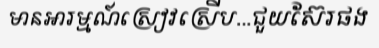
មានអារម្មណ៍ស្រៀវស្រើប...ជួយស៊ែរផង